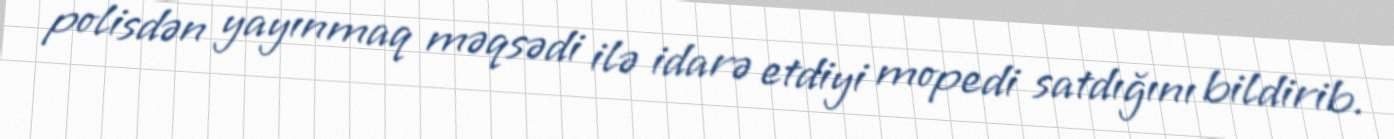
polisdən yayınmaq məqsədi ilə idarə etdiyi mopedi satdığını bildirib.